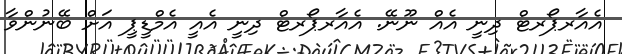
އެއާރޕޯރޓް ދިނީ އެއް ނޫނޭ. އެއާރޕޯރޓް ދިނީ އެއީ އެމްޑީޕީ އަށް ބޭނުންވާ